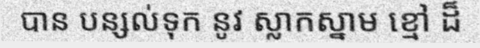
បាន បន្សល់ទុក នូវ ស្លាកស្នាម ខ្មៅ ដ៏